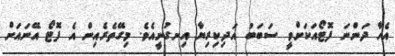
އެހާ ދަންނަ ފޮޓޯއަކަށްވީ ސަބަބު އަދިކިރިޔާ އިނގުނީއެވެ. މިގޭތެރެއިން އެ ފޮޓޯ އޭނައަށް